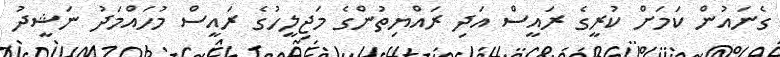
ގެނައުން ކަމަށް ކުރީގެ ރައީސް އަދި ރައްޔިތުންގެ މަޖިލީހުގެ ރައީސް މުހައްމަދު ނަޝީދު